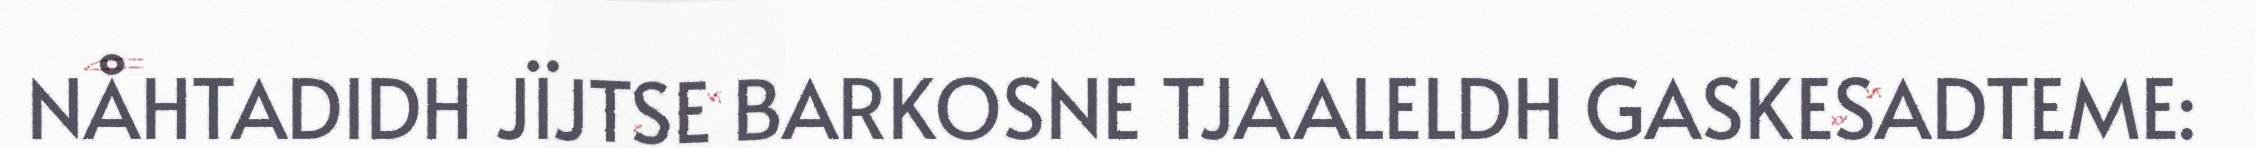
NÅHTADIDH JÏJTSE BARKOSNE TJAALELDH GASKESADTEME: